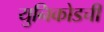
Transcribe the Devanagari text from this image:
युनिकोडची